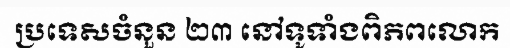
ប្រទេសចំនួន ២៣ នៅទូទាំងពិភពលោក